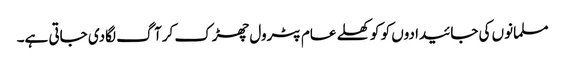
مسلمانوں کی جائیدادوں کو کو کھلے عام پٹرول چھڑک کرآگ لگادی جاتی ہے۔